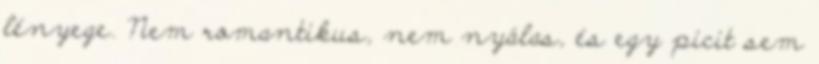
lényege. Nem romantikus, nem nyálas, és egy picit sem